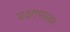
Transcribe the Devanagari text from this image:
प्रक्षापालन